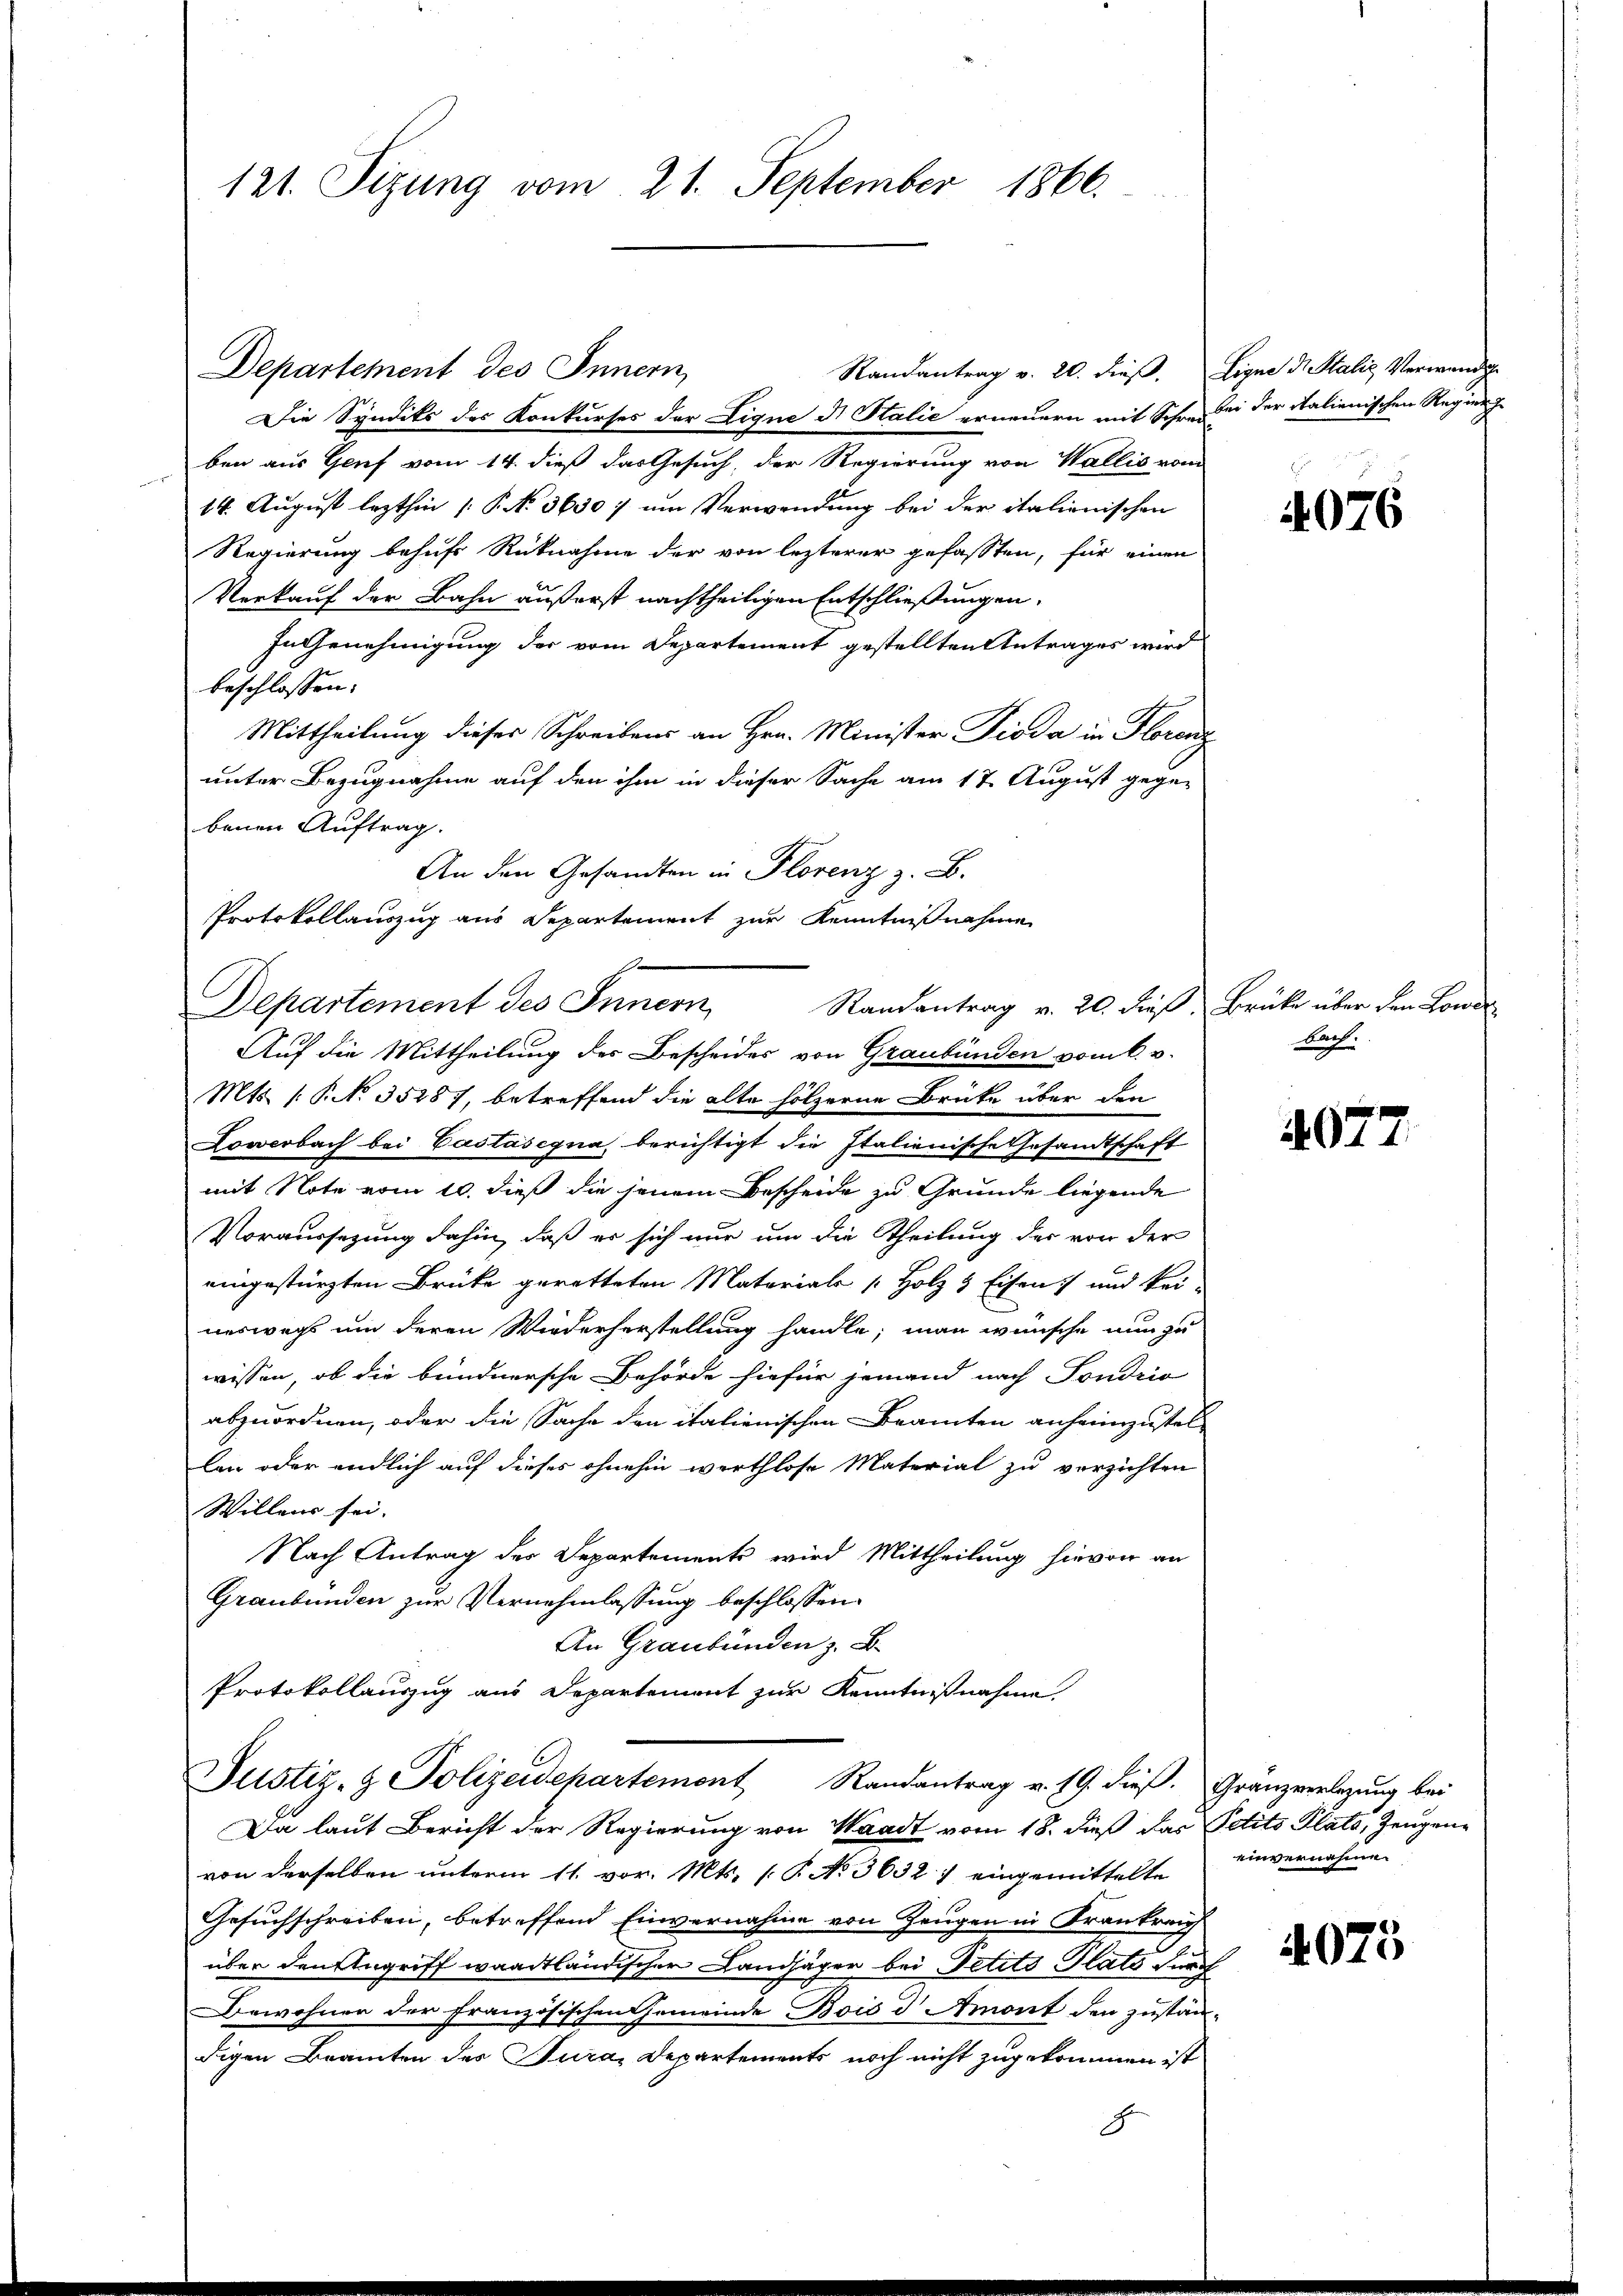
Departement des Innern,
Randantrag v. 20. dieβ. Eigne dr. Stalis Verwendi
Die Syndiks des Konkurses der Lique di Stalie erneuern mit Schreiben der italienischen Regier
ben aus Genf vom 14. dieß das Gesuch, der Regierung von Wallis vom
14. August lezthin /: P. No 3630) um Verwendung bei der italienischen
Regierung behufs Rücknahme der von lezterer gefassten, für einen
Verkauf der Bahn äußerst nachtheiligen Entschließungen,
In Genehmigung der vom Departement gestellten Antrages wird
beschlossen:
Mittheilung dieser Schreibens an Hrn. Minister Pioda in Florenz
unter Bezugnahme auf den ihm in dieser Sache am 17. August gegen
benen Auftrag.
An den Gesandten in Florenz z. B.
Departement des Innern,
Auf die Mittheilung der Bescheides von Graubünden vom 6. v.
Mts. (: P. No 35287, betreffend die alte hölzerne Brücke über den
Loverbach bei Castasegna berichtigt die Italienische Gesandtschaft
mit Note vom 10. dieß die jenem Bescheide zu Grunde liegende
Voraussezung dahin, daß er sich nur um die Theilung der von der
eingestürzten Brüke geretteten Materials Holz & Eisen und kei-
neswegs um deren Wiederherstellung handle, man wünsche nun zu
wissen, ob die bundnersche Behörde hiefür jemand nach Sondrio
abzuordnen, oder die Sache den italienischen Beamten anheimzustell
len oder endlich auf dieses ohnehin werthlose Material zu verzichten
Willens sei.
Nach Antrag des Departemente wird Mittheilung hievon an
Graubünden zur Vernehmlassung beschlossen:
An Graubünden z. B.
Protokollauszug aus Departement zur Kenntnißnahme,

121. Sizung vom 21. September 1866.

Protokollauszug aus Departement zur Kenntnißnahme
Randantrag v. 26. dieß, Brücke über den Lond

Da laut Bericht der Regierung von Waadt vom 18. dieß das Petito Plato, Zeugen-
von derselben unterm 11. vor. Mts. (T. No 3632) eingemittelte
Gesuchschreiben, betreffend Einvernahme von Zeugen in Frankreich
über den Angriff waadtländischer Landjäger bei Petits- Plats dur
Bewohner der Französischen Gemeinde Bois d Amont den zustandigen Beamten des Jura, Departements noch nicht zugekommen ist
F

Justiz- & Polizeidepartement Randantrag v. 19. dieβ. Granzverlegung bei

4076

bach.

4677.

einvernahmen

4075